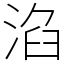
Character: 淊